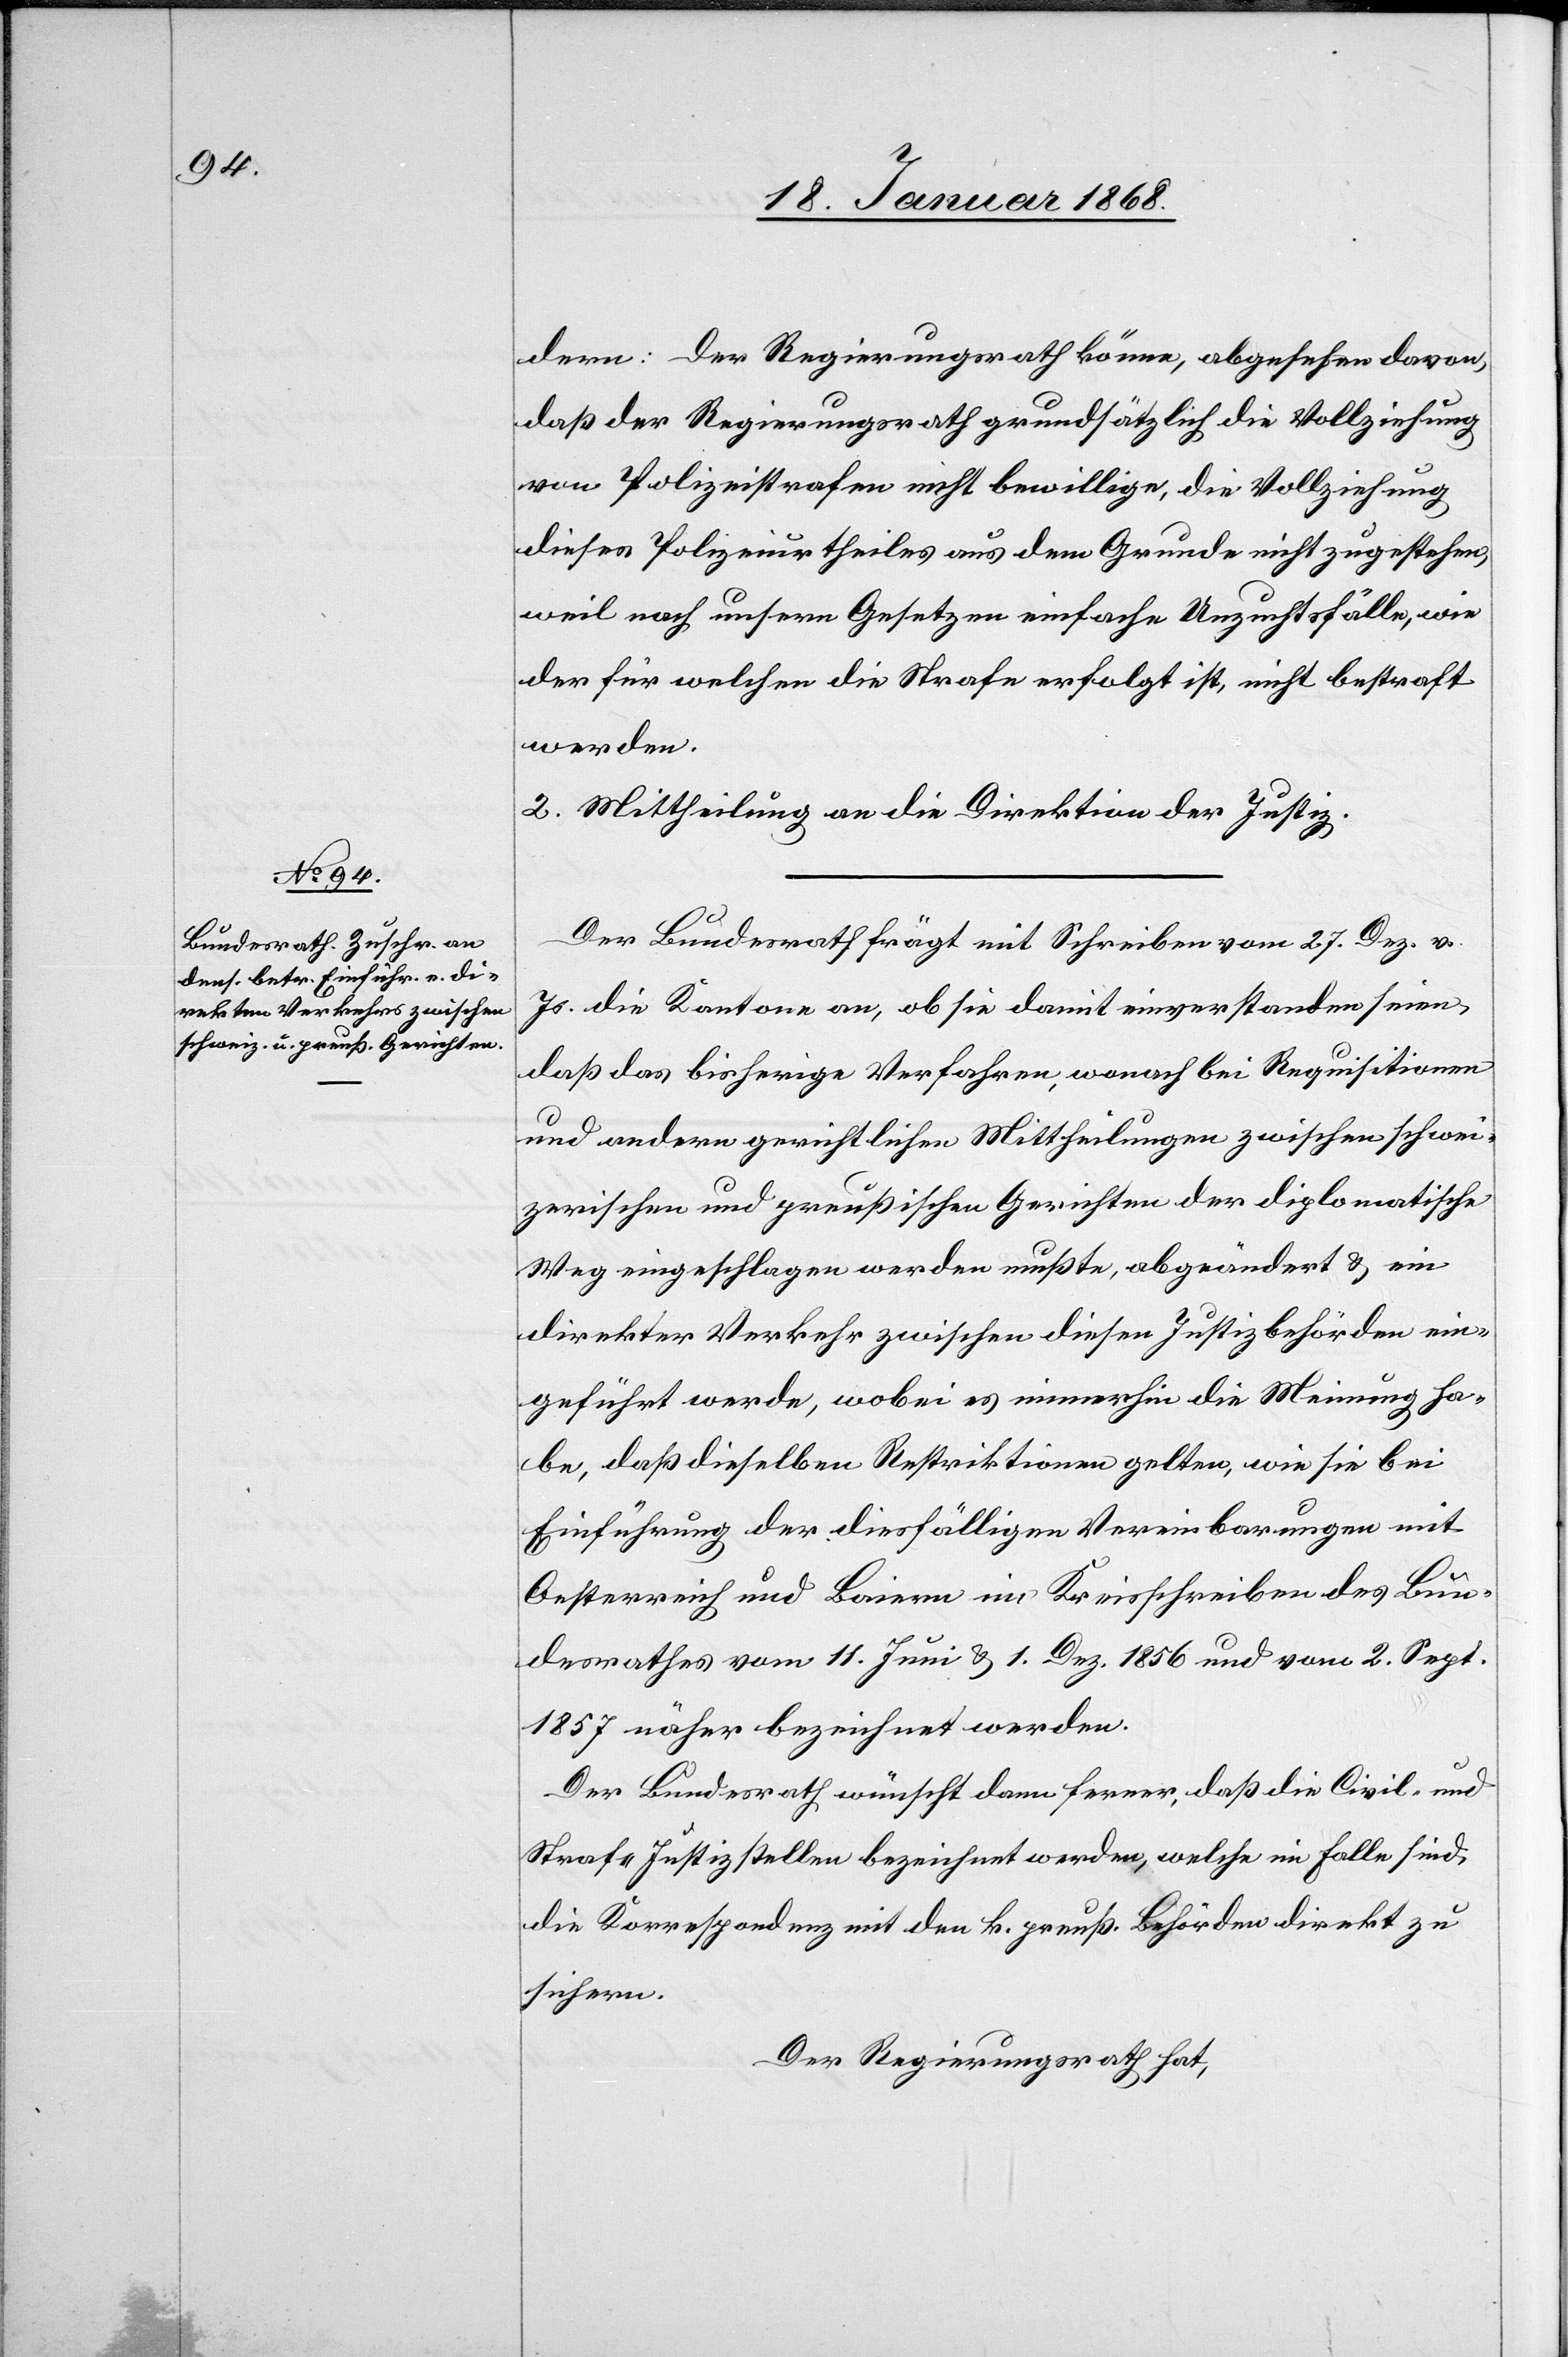
dern: Der Regierungsrath könne, abgesehen davon,
daß der Regierungsrath grundsätzlich die Vollziehung
von Polizeistrafen nicht bewillige, die Vollziehung
dieses Polizeiurtheiles aus dem Grunde nicht zugestehen,
weil nach unsern Gesetzen einfache Unzuchtsfälle, wie
der für welchen die Strafe erfolgt ist, nicht bestraft
werden.
2. Mittheilung an die Direktion der Justiz.
Der Bundesrath frägt mit Schreiben vom 27. Dez. v.
Js. die Kantone an, ob sie damit einverstanden seien,
daß das bisherige Verfahren, wonach bei Requisitionen
und andern gerichtlichen Mittheilungen zwischen schwei¬
zerischen und preußischen Gerichten der diplomatische
Weg eingeschlagen werden mußte, abgeändert & ein
direkter Verkehr zwischen diesen Justizbehörden ein¬
geführt werde, wobei es immerhin die Meinung ha¬
be, daß dieselben Restriktionen gelten, wie sie bei
Einführung der diesfälligen Vereinbarungen mit
Oesterreich und Baiern im Kreisschreiben des Bun¬
desrathes vom 11. Juni & 1. Dez. 1856 und vom 2. Sept.
1857 näher bezeichnet werden.
Der Bundesrath wünscht dann ferner, daß die Civil- und
Straf-Justizstellen bezeichnet werden, welche im Falle sind,
die Korrespondenz mit den k. preuß. Behörden direkt zu
sichern.
Der Regierungsrath hat,